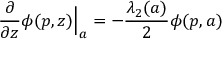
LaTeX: \frac { \partial } { \partial z } \phi ( p , z ) \Big | _ { a } = - \frac { \lambda _ { 2 } ( a ) } 2 \phi ( p , a )